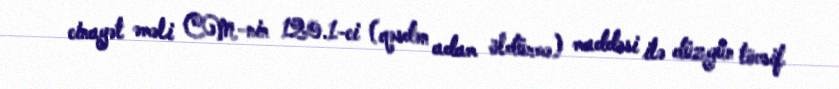
cinayət əməli CM-nin 120.1-ci (qəsdən adam öldürmə) maddəsi ilə düzgün tövsif